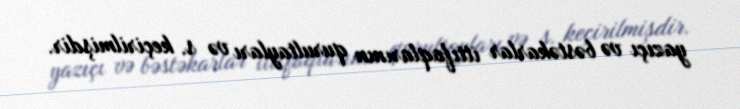
yazıçı və bəstəkarlar ittifaqlarının qurultayları və s. keçirilmişdir.